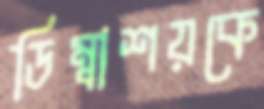
ডিম্বাশয়কে